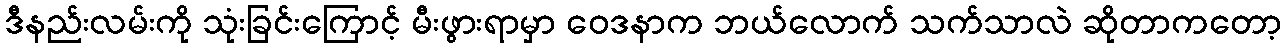
ဒီနည်းလမ်းကို သုံးခြင်းကြောင့် မီးဖွားရာမှာ ဝေဒနာက ဘယ်လောက် သက်သာလဲ ဆိုတာကတော့